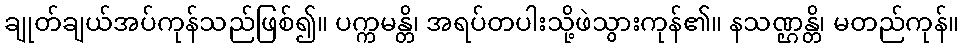
ချုတ်ချယ်အပ်ကုန်သည်ဖြစ်၍။ ပက္ကမန္တိ၊ အရပ်တပါးသို့ဖဲသွားကုန်၏။ နသဏ္ဌန္တိ၊ မတည်ကုန်။